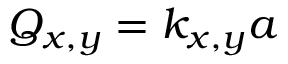
Q _ { x , y } = k _ { x , y } a